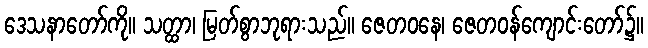
ဒေသနာတော်ကို။ သတ္ထာ၊ မြတ်စွာဘုရားသည်။ ဇေတဝနေ၊ ဇေတဝန်ကျောင်းတော်၌။